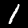
Digit: 1